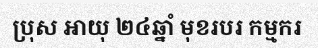
ប្រុស អាយុ ២៤ឆ្នាំ មុខរបរ កម្មករ